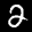
Label: 2